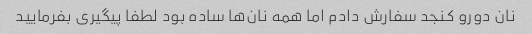
نان دورو کنجد سفارش دادم اما همه نان‌ها ساده بود لطفا پیگیری بفرمایید